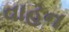
વાહન